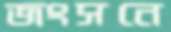
জংসনে